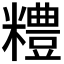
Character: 𥽈